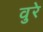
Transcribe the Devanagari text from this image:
वुरे